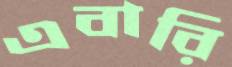
এবারি